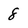
Character: 8